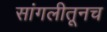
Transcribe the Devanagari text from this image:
सांगलीतूनच